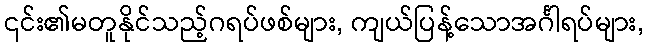
၎င်း၏မတူနိုင်သည့်ဂရပ်ဖစ်များ, ကျယ်ပြန့်သောအင်္ဂါရပ်များ,